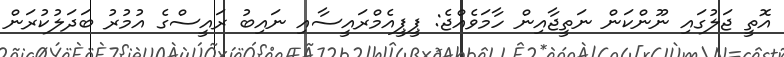
އޮތީ ޖަލުގައި ނޫންކަން ނަތީޖާއިން ހާމަވެއްޖެ: ޕީޕީއެމްރައީސާއި ނައިބު ރައީސްގެ އުމުރު ބަދަލުކުރަން